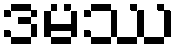
ဒမဿ